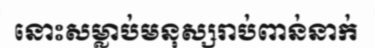
នោះសម្លាប់មនុស្សរាប់ពាន់នាក់